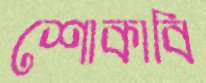
শোকাবি